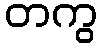
တကွ